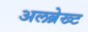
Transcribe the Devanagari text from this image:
अलब्रेख्ट